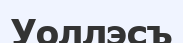
Уоллэсъ